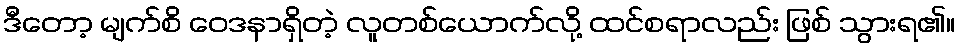
ဒီတော့ မျက်စိ ဝေဒနာရှိတဲ့ လူတစ်ယောက်လို့ ထင်စရာလည်း ဖြစ် သွားရ၏။